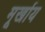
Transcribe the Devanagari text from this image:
मूर्खाय